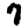
Digit: 7